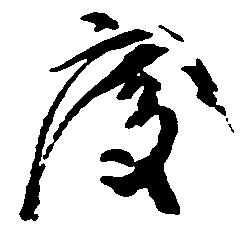
度